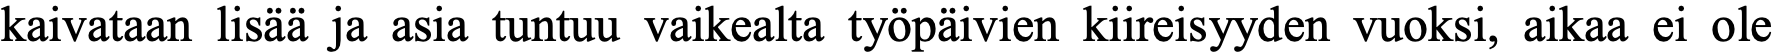
kaivataan lisää ja asia tuntuu vaikealta työpäivien kiireisyyden vuoksi, aikaa ei ole